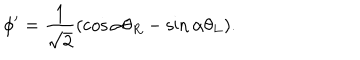
\phi ^ { \prime } = \frac { 1 } { \sqrt { 2 } } ( \cos \alpha \theta _ { R } - \sin \alpha \theta _ { L } ) .